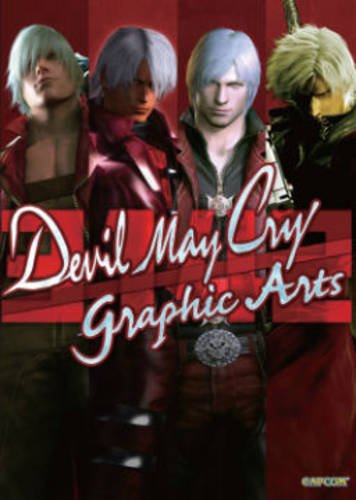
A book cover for Devil May Cry: 3142 Graphic Arts; Capcom; Arts & Photography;